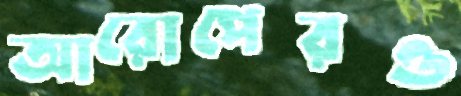
আরোপেরও